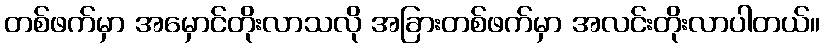
တစ်ဖက်မှာ အမှောင်တိုးလာသလို အခြားတစ်ဖက်မှာ အလင်းတိုးလာပါတယ်။